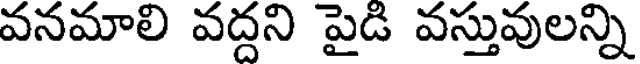
వనమాలి వద్దని పైడి వస్తువులన్ని